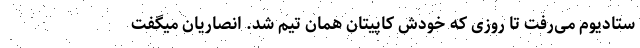
ستادیوم می‌رفت تا روزی که خودش کاپیتان همان تیم شد. انصاریان میگفت